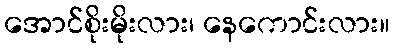
အောင်စိုးမိုးလား၊ နေကောင်းလား။